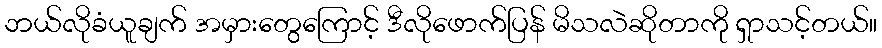
ဘယ်လိုခံယူချက် အမှားတွေကြောင့် ဒီလိုဖောက်ပြန် မိသလဲဆိုတာကို ရှာသင့်တယ်။